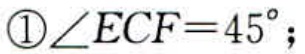
\( \textcircled{1}\angle ECF = 45^{\circ};\)